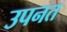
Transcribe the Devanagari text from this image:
उपनत